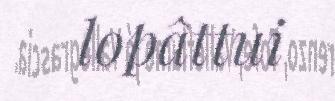
lopâttui